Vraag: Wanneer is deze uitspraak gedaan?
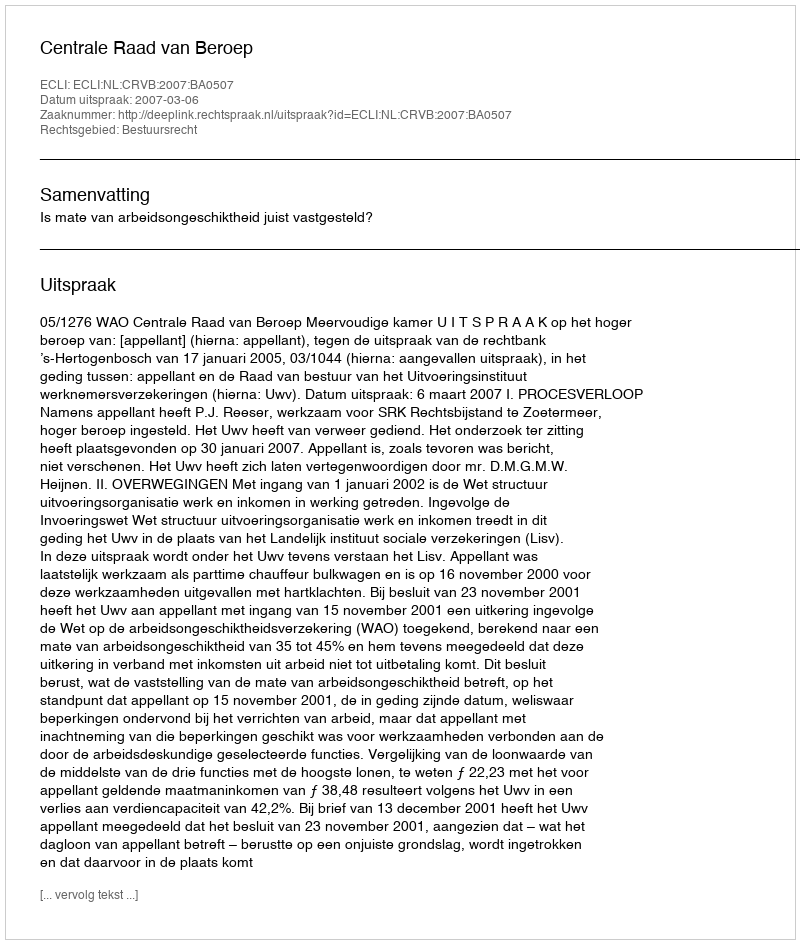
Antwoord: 2007-03-06